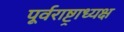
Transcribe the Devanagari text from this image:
पूर्वराष्ट्राध्यक्ष